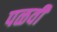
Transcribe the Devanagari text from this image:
पळवी